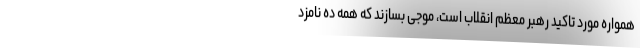
همواره مورد تاکید رهبر معظم انقلاب است، موجی بسازند که همه ده نامزد